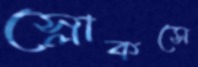
স্লোকসে